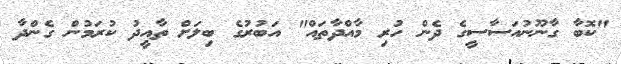
"ކޮބާ ގާނޫނުއަސާސީގެ ދެން ހުރި މާއްދާތައް" އަބުރުގެ ބިލަށް ތާއީދު ކުރަމުން ގެންދާ